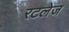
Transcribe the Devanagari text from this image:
रटलेज